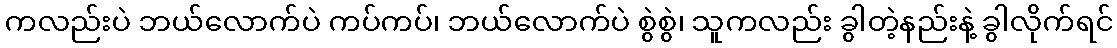
ကလည်းပဲ ဘယ်လောက်ပဲ ကပ်ကပ်၊ ဘယ်လောက်ပဲ စွဲစွဲ၊ သူကလည်း ခွါတဲ့နည်းနဲ့ ခွါလိုက်ရင်